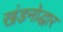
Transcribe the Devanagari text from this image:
खंडनोद्धार